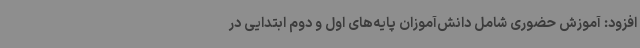
افزود: آموزش حضوری شامل دانش‌آموزان پایه‌های اول و دوم ابتدایی در